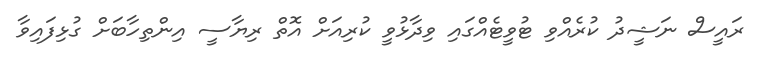
ރައީސް ނަޝީދު ކުރެއްވި ޓުވީޓެއްގައި ވިދާޅުވީ ކުރިއަށް އޮތް ރިޔާސީ އިންތިހާބަށް ގުޅިފައިވާ